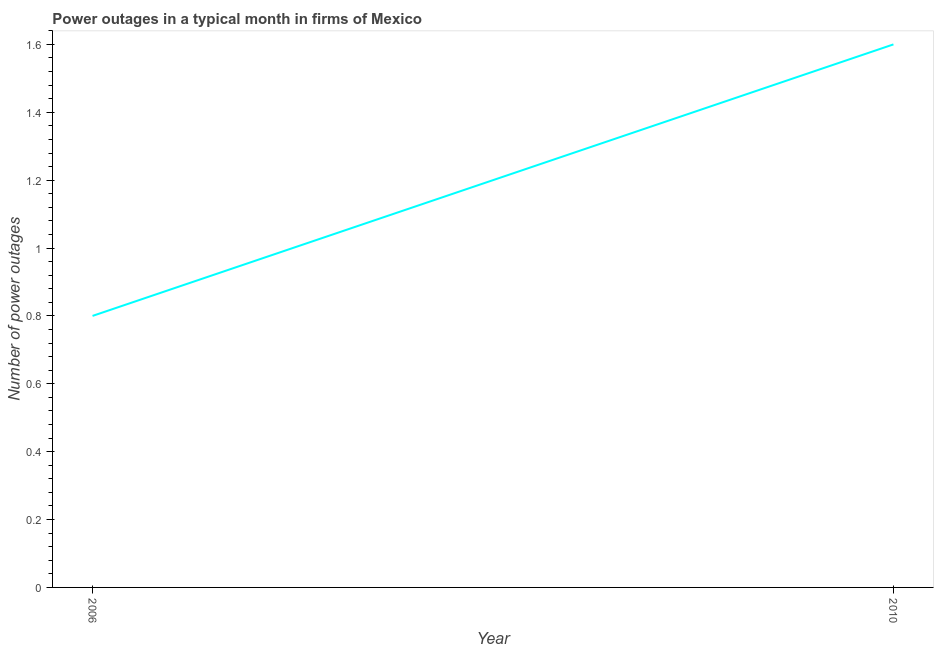
| Year | Power outages |
 | --- | --- |
 | 2006 | 0.8 |
 | 2010 | 1.6 |